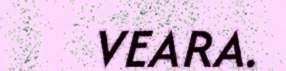
VEARA.